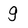
Character: g